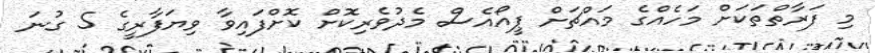
މި ފަރާތްތަކަށް މަހެއްގެ މައްޗަށް ޕީއޯއެސް މެދުވެރިކޮށް ކޮށްފައިވާ ވިޔަފާރީގެ 5 ގުނަ